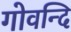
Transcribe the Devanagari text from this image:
गोवन्दि